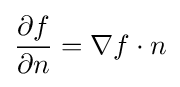
{\frac {\partial f}{\partial n}}=\nabla f\cdot n